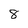
Character: 8